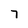
Character: 7